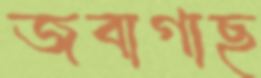
জবাগাছ